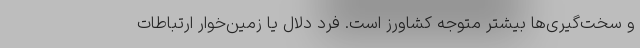
و سخت‌گیری‌ها بیشتر متوجه کشاورز است. فرد دلال یا زمین‌خوار ارتباطات